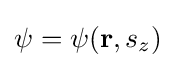
\psi =\psi (\mathbf {r} ,s_{z})